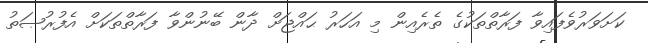
ކަށަވަރުވެފައިވާ ފަރާތްތަކުގެ ތެރެއިން މި އަހަރު ޙައްޖަށް ދާން ބޭނުންވާ ފަރާތްތަކަށް އެފުރުޞަތު